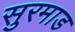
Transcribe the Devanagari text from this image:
सुरमाड